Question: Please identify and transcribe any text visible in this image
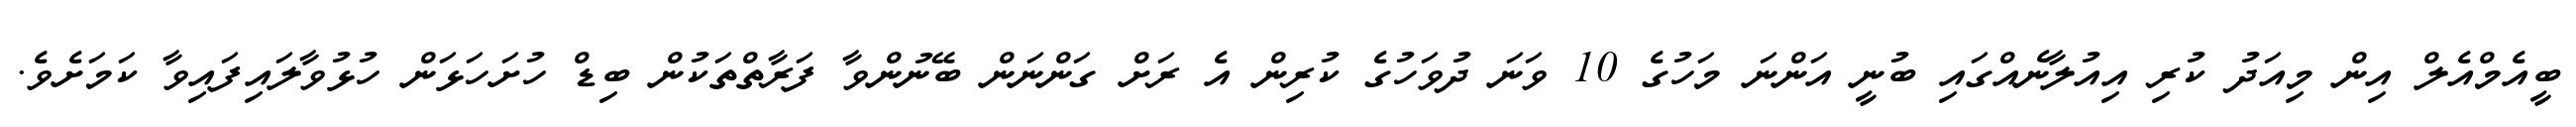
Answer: ބީއެމްއެލް އިން މިއަދު ކުރި އިއުލާނެއްގައި ބުނީ އަންނަ މަހުގެ 10 ވަނަ ދުވަހުގެ ކުރިން އެ ރަށް ގަންނަން ބޭނުންވާ ފަރާތްތަކުން ބިޑް ހުށަހަޅަން ހުޅުވާލައިފައިވާ ކަމަށެވެ.